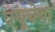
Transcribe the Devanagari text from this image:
क्यूबेबा